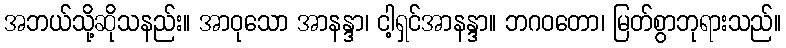
အဘယ်သို့ဆိုသနည်း။ အာဝုသော အာနန္ဒာ၊ ငါ့ရှင်အာနန္ဒာ။ ဘဂဝတော၊ မြတ်စွာဘုရားသည်။